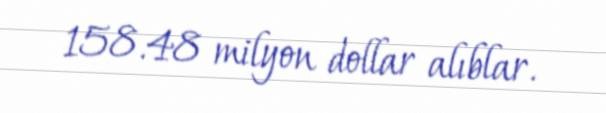
158.48 milyon dollar alıblar.